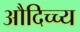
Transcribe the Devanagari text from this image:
औदिच्च्य